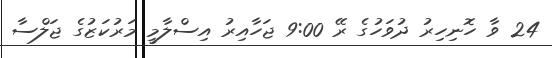
24 ވާ ހޮނިހިރު ދުވަހުގެ ރޭ 9:00 ޖަހާއިރު އިސްލާމީ މަރުކަޒުގެ ޖަލްސާ